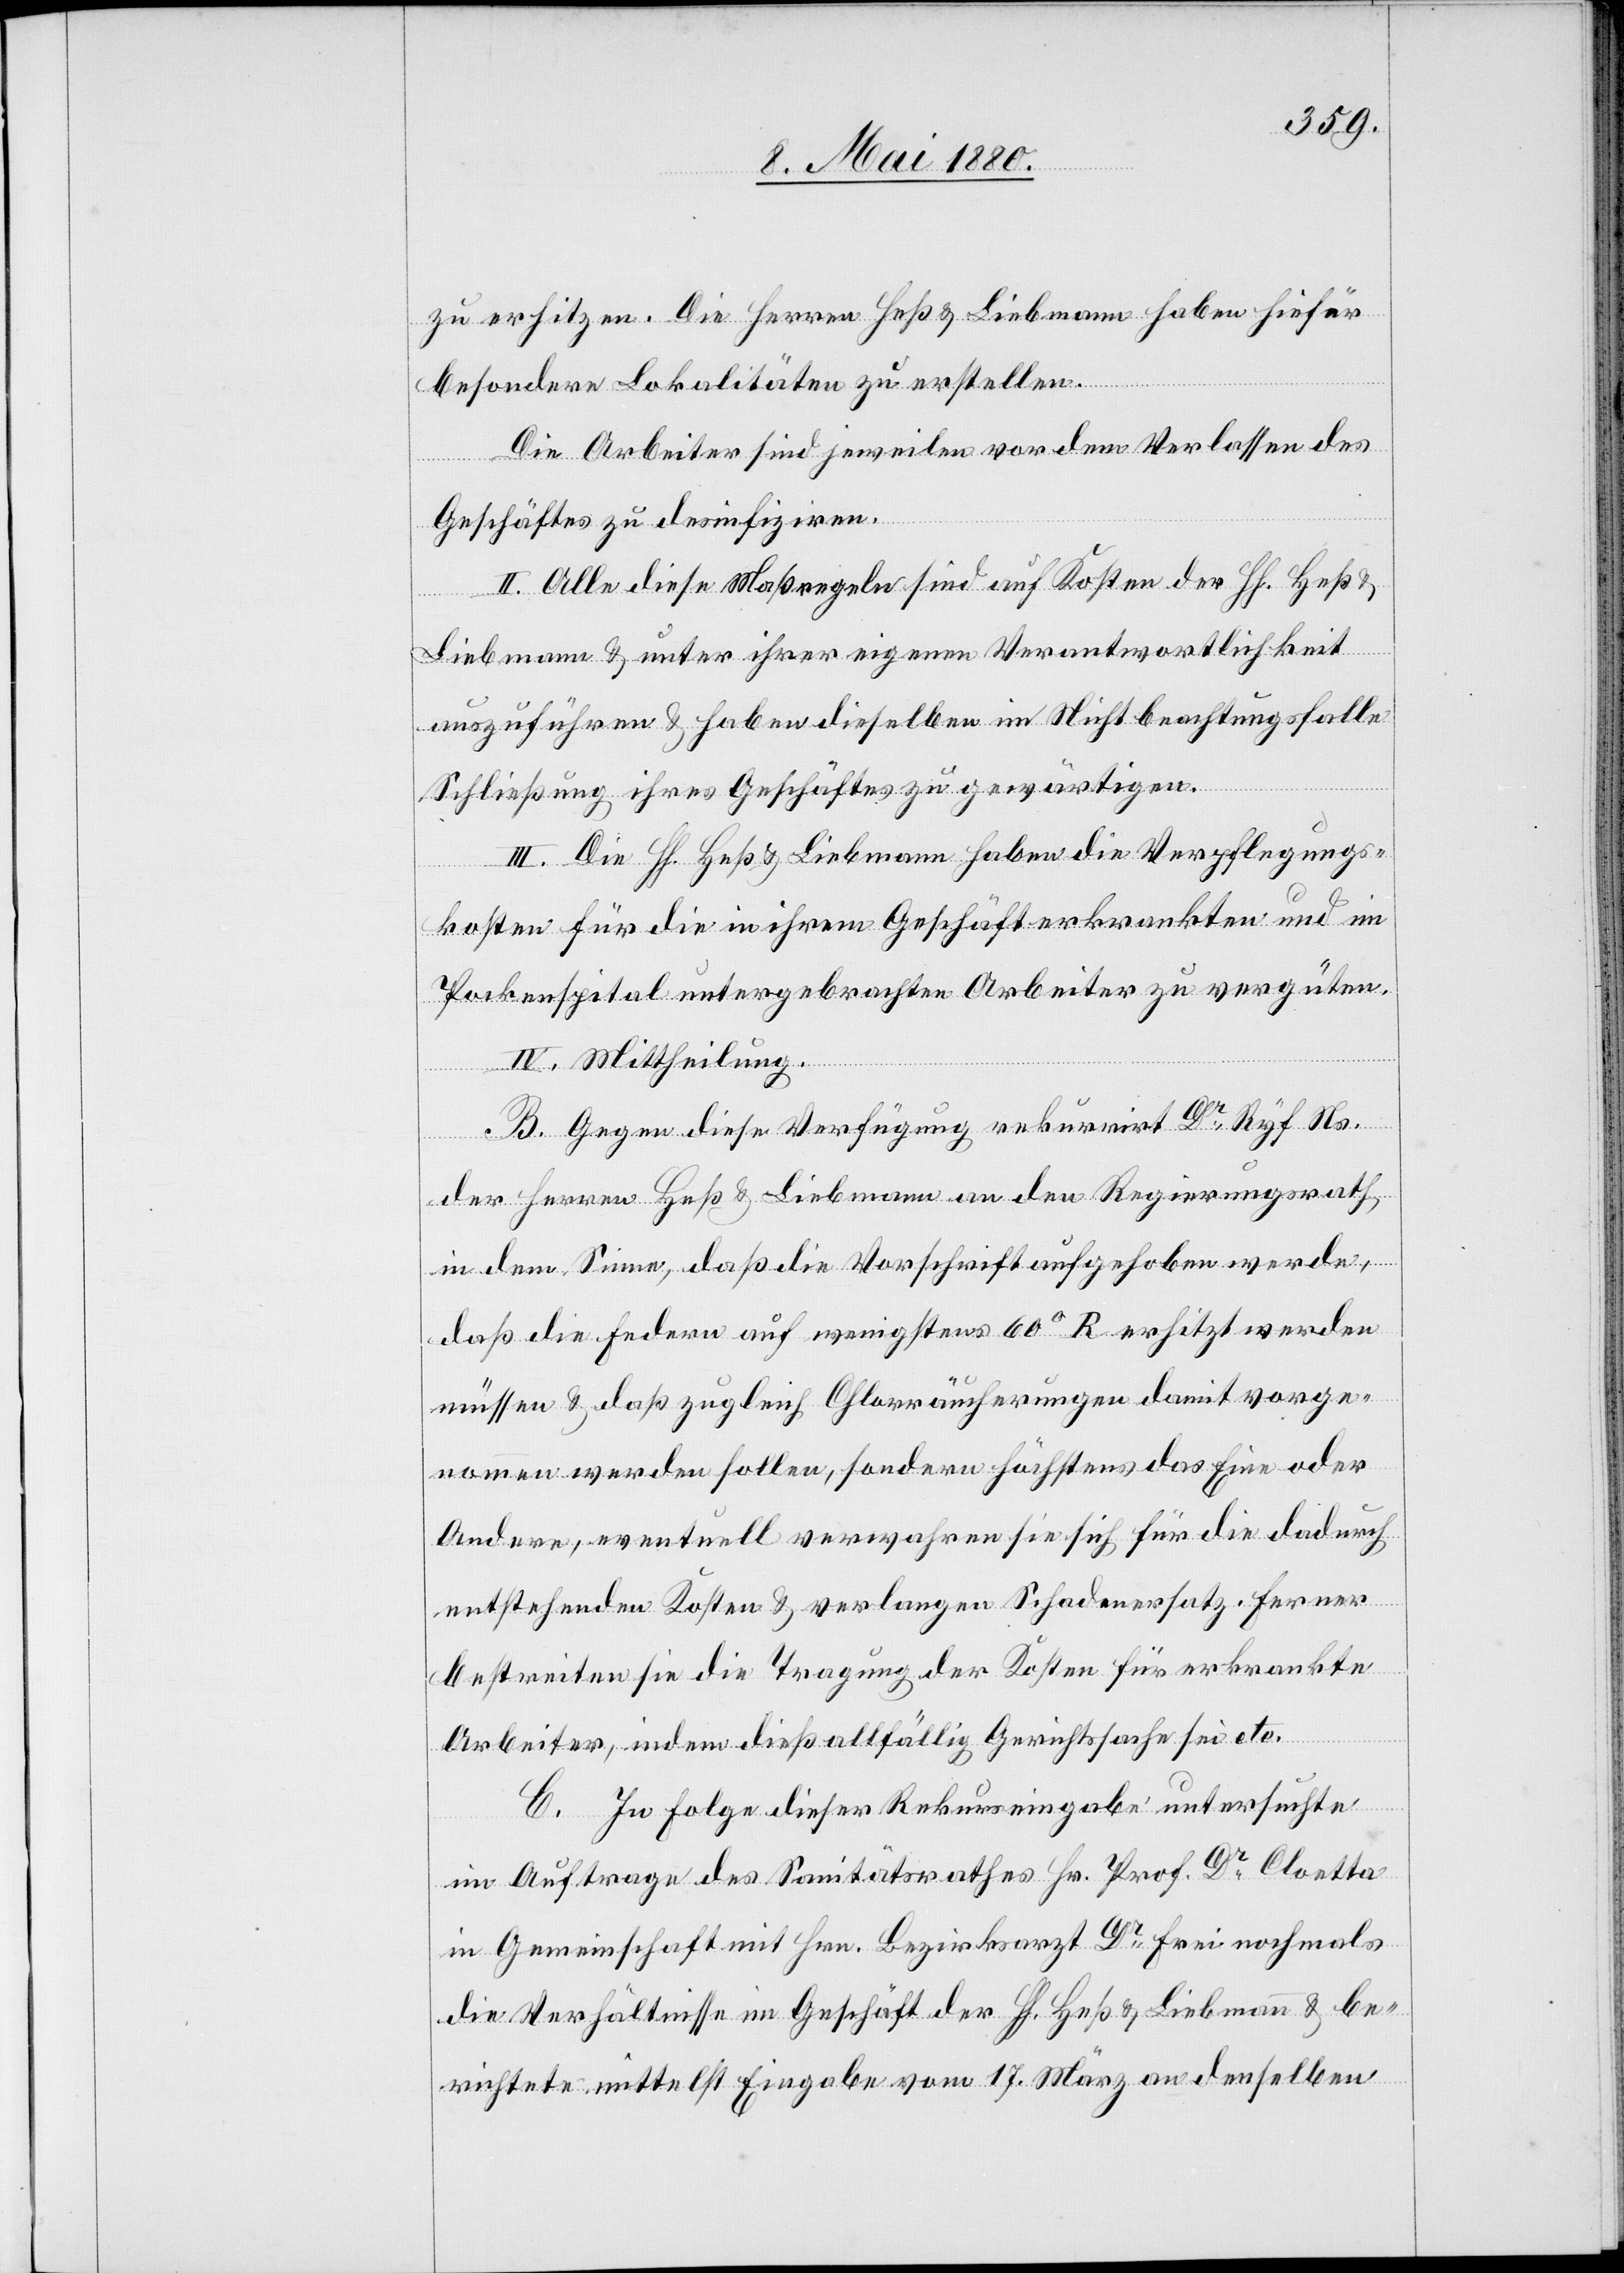
zu erhitzen. Die Herren Heß & Liebmann haben hiefür
besondere Lokalitäten zu erstellen.
Die Arbeiter sind jeweilen vor dem Verlassen des
Geschäftes zu desinfiziren.
II. Alle diese Maßregeln sind auf Kosten der HH. Heß
&
Liebmann & unter ihrer eigenen Verantwortlichkeit
auszuführen & haben dieselben im Nichtbeachtungsfalle
Schließung ihres Geschäftes zu gewärtigen.
III. Die HH. Heß & Liebmann haben die Verpflegungs¬
kosten für die in ihrem Geschäfte erkrankten und im
Pockenspital untergebrachten Arbeiter zu vergüten.
IV. Mittheilung.
B. Gegen diese Verfügung rekurrirt Dr Ryf Ns.
der Herren Heß & Liebmann an den Regierungsrath,
in dem Sinne, daß die Vorschrift aufgehoben werde,
daß die Federn auf wenigstens 60° R erhitzt werden
müssen & daß zugleich Chlorräucherungen damit vorge¬
nommen werden sollen, sondern höchstens das Eine oder
Andere, eventuell verwahren sie sich für die dadurch
entstehenden Kosten & verlangen Schadenersatz. Ferner
bestreiten sie die Tragung der Kosten für erkrankte
Arbeiter, indem dieß allfällig Gerichtssache sei etc.
C. In Folge dieser Rekurseingabe untersuchte
im Auftrage des Sanitätsrathe Hr. Prof. Dr. Chloetta
in Gemeinschaft mit Hrn. Bezirksarzt Dr Frei nochmals
die Verhältnisse im Geschäft der HH. Heß & Liebmann & be¬
richtete mittelst Eingabe vom 17. März an denselben